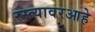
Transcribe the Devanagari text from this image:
रस्त्यावरआहे